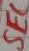
Text: SEC